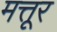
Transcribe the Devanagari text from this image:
मत्तूर